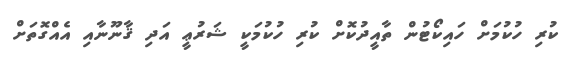
ކުރި ހުކުމަށް ހައިކޯޓުން ތާއީދުކޮށް ކުރި ހުކުމަކީ ޝަރުޢީ އަދި ޤާނޫނާއި އެއްގޮތަށް